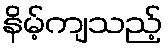
နိမ့်ကျသည့်